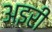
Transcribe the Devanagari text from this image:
अइरी